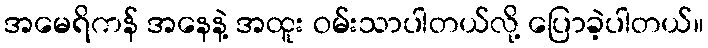
အမေရိကန် အနေနဲ့ အထူး ဝမ်းသာပါတယ်လို့ ပြောခဲ့ပါတယ်။